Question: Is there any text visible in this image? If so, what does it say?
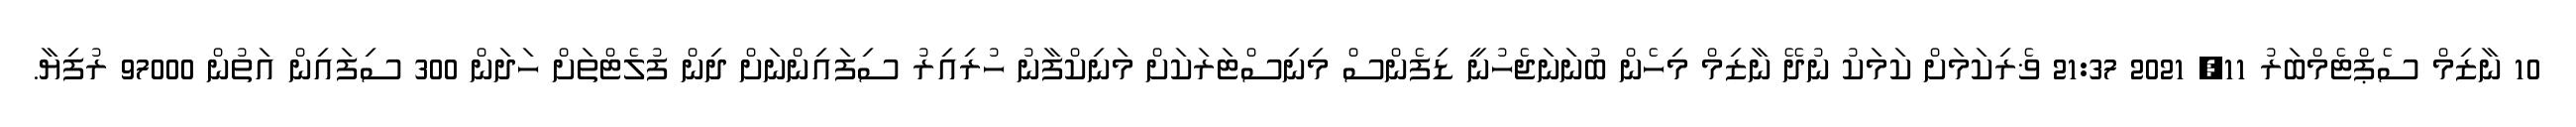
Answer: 10 ނާޒިމް ސެޕްޓެމްބަރު 11, 2021 21:37 ޥެރިކަމަށް ކަމަކު ނުދޭ ނާޒިމް މިހެން ބުނަނަޖެހުނީ ޑިފެންސް މިނިސްޓަރަކަށް މަނިކްފާނު ހުރިއިރު ސިފައިންނަށް ދިން ފުލެޓްތަށް ހަދަން 300 ސިފައިން އަތުން 97000 ރުފިޔާ.